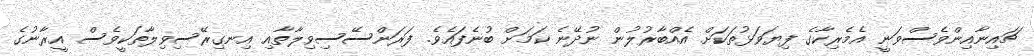
ޗައިނާއިންވެސްވަނީ އެމެރިކާގެ ފިޔަވަޅުތަކަށް އެއްބާރުލުން ނުދޭނެ ކަމަށް ބުނެފައެވެ. ފަރަންސޭސިވިލާތާއި އިނގިރޭސިވިލާތަކީވެސް އީރާނުގެ